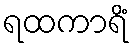
ရထကာရိံ